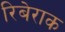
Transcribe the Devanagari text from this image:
रिबेराक